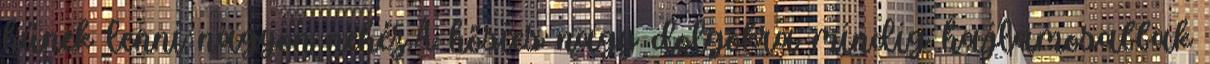
hűnek lenni nagyon nehéz.A hősies nagy dolgokra mindig hajlamosabbak